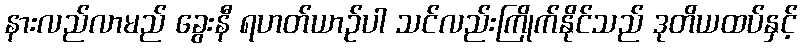
နားလည်လာမည် ခွေးနီ ရဟတ်ယာဉ်ပါ သင်လည်းကြိုက်နိုင်သည် ဒုတိယထပ်နှင့်